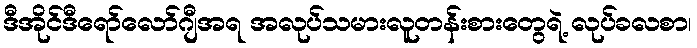
ဒီအိုင်ဒီရော်လော်ဂျီအရ အလုပ်သမားလူတန်းစားတွေရဲ့ လုပ်ခလစာ၊